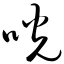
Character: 咣